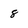
Character: 8